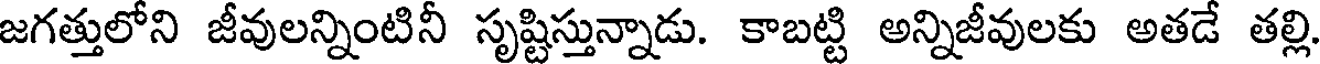
జగత్తులోని జీవులన్నింటినీ సృష్టిస్తున్నాడు. కాబట్టి అన్నిజీవులకు అతడే తల్లి